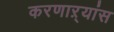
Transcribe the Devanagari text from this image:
करणाऱ्यांस